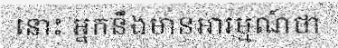
នោះ អ្នកនឹងមានអារម្មណ៍ថា